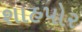
શાહપોર